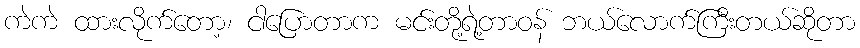
ကဲကဲ ထားလိုက်တော့၊ ငါပြောတာက မင်းတို့ရဲ့တာဝန် ဘယ်လောက်ကြီးတယ်ဆိုတာ